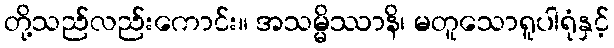
တို့သည်လည်းကောင်း။ အသမ္မိဿာနိ၊ မတူသောရူပါရုံနှင့်